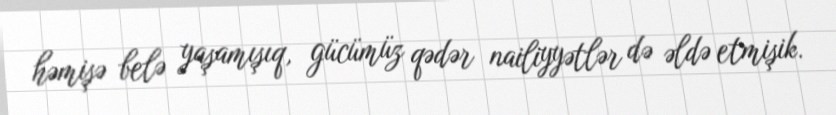
həmişə belə yaşamışıq, gücümüz qədər nailiyyətlər də əldə etmişik.